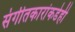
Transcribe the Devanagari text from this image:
संगीतकारांकडेही